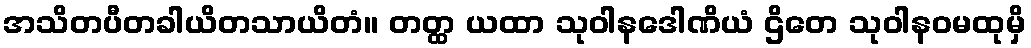
အသိတပီတခါယိတသာယိတံ။ တတ္ထ ယထာ သုဝါနဒေါဏိယံ ဌိတေ သုဝါနဝမထုမှိ